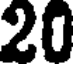
20